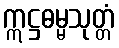
ဣဋ္ဌဓမ္မသုတ္တံ